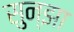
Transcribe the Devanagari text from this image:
सुन्झा